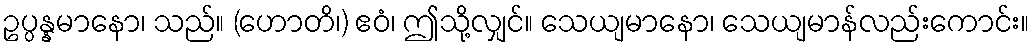
ဥပ္ပန္နမာနော၊ သည်။ (ဟောတိ၊) ဧဝံ၊ ဤသို့လျှင်။ သေယျမာနော၊ သေယျမာန်လည်းကောင်း။